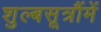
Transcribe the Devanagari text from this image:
शुल्बसूत्रौंमें